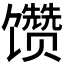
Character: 𱄊